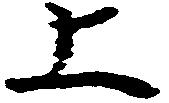
上